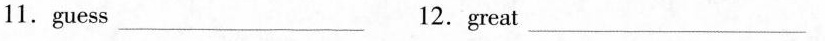
11.guess _12.great _